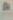
*